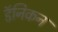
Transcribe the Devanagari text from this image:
डॅनिकन